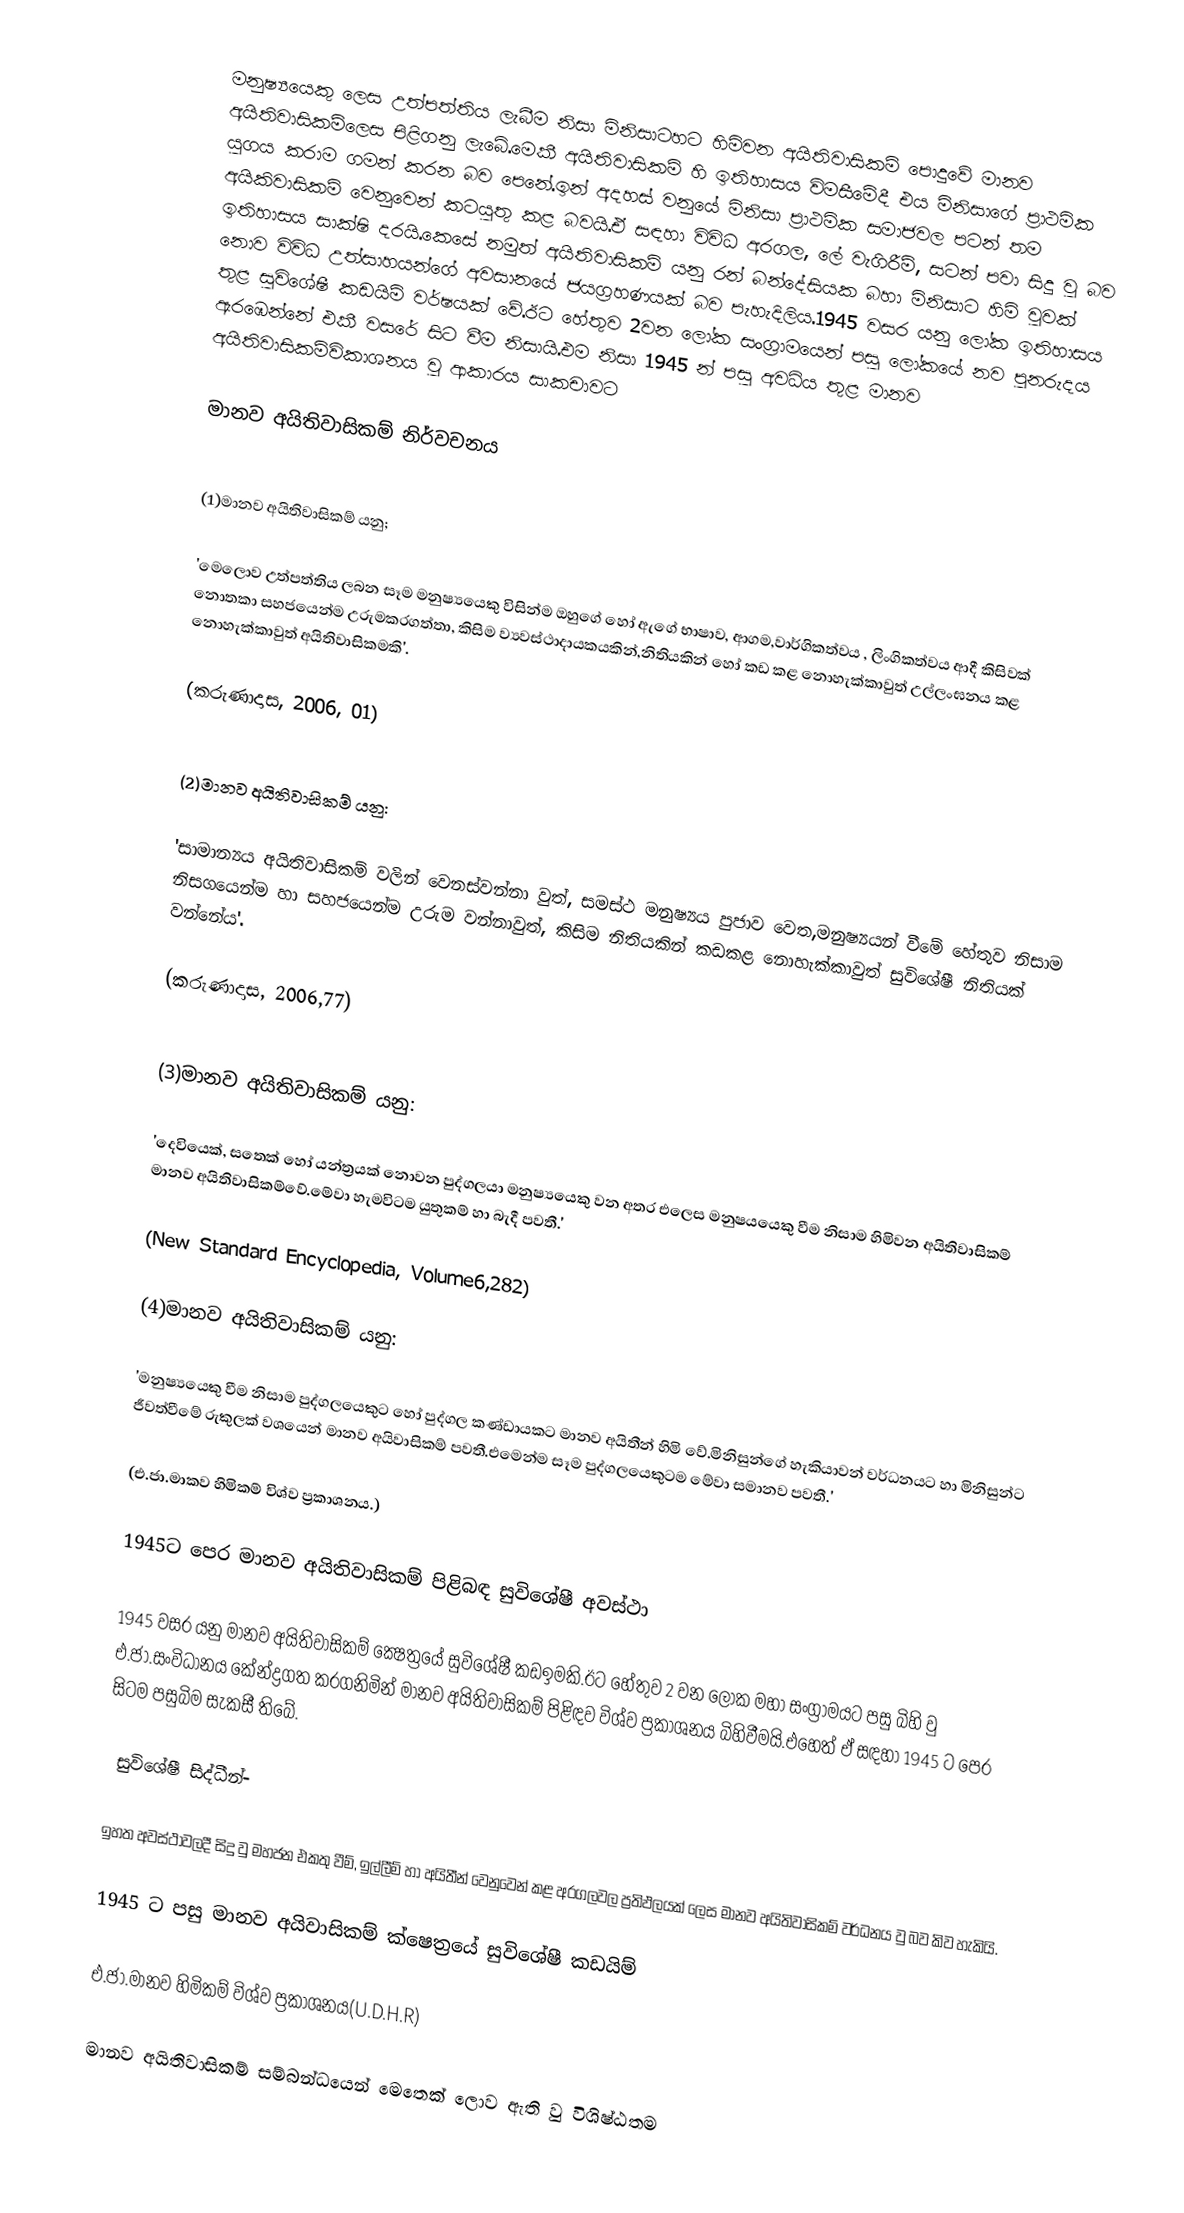
මනුෂ්‍යයෙකු ලෙස උත්පත්තිය ලැබීම නිසා මිනිසාටහට හිමිවන අයිතිවාසිකම් පොදුවේ මානව අයිතිවාසිකම්ලෙස පිළිගනු ලැබේ.මෙකී අයිතිවාසිකම් හි ඉතිහාසය විමසීමේදී එය මිනිසාගේ ප්‍රාථමික යුගය කරාම ගමන් කරන බව පෙනේ.ඉන් අදහස් වනුයේ මිනිසා ප්‍රාථමික සමාජවල පටන් තම අයිකිවාසිකම් වෙනුවෙන් කටයුතු කළ බවයි.ඒ සඳහා විවිධ අරගල, ලේ වැගිරීම්, සටන් පවා සිදු වු බව ඉතිහාසය සාක්ෂි දරයි.කෙසේ නමුත් අයිතිවාසිකම් යනු රන් බන්දේසියක බහා මිනිසාට හිමි වුවක් නොව විවිධ උත්සාහයන්ගේ අවසානයේ ජයග්‍රහණයක් බව පැහැදිලිය.1945 වසර යනු ලෝක ඉතිහාසය තුළ සුවිශේෂී කඩයිම් වර්ෂයක් වේ.ඊට හේතුව 2වන ලෝක සංග්‍රාමයෙන් පසු ලෝකයේ නව පුනරුදය ඇරඹෙන්නේ එකී වසරේ සිට වීම නිසායි.එම නිසා 1945 න් පසු අවධිය තුළ මානව අයිතිවාසිකම්විකාශනය වු ආකාරය සාකචාවට

මානව අයිතිවාසිකම් නිර්වචනය

(1)මානව අයිතිවාසිකම් යනු;

		'මෙලොව උත්පත්තිය ලබන සෑම මනුෂ්‍යයෙකු විසින්ම ඔහුගේ හෝ ඇගේ භාෂාව, ආගම,වාර්ගිකත්වය , ලිංගිකත්වය ආදී කිසිවක් නොතකා සහජයෙන්ම උරුමකරගත්තා, කිසිම ව්‍යවස්ථාදායකයකින්,නිතියකින් හෝ කඩ කළ නොහැක්කාවුත් උල්ලංඝනය කළ නොහැක්කාවුත් අයිතිවාසිකමකි'.

						(කරුණාදාස, 2006, 01)

(2)මානව අයිතිවාසිකම් යනු:

		'සාමාන්‍යය අයිතිවාසිකම් වලින් වෙනස්වන්නා වුත්, සමස්ථ මනුෂ්‍යය පුජාව වෙත,මනුෂ්‍යයන් වීමේ හේතුව නිසාම නිසගයෙන්ම හා සහජයෙන්ම උරුම වන්නාවුත්, කිසිම නිතියකින් කඩකළ නොහැක්කාවුත් සුවිශේෂී නිතියක් වන්නේය'.

						(කරුණාදාස, 2006,77)

(3)මානව අයිතිවාසිකම් යනු:

		'දෙවියෙක්, සතෙක් හෝ යන්ත්‍රයක් නොවන පුද්ගලයා මනුෂ්‍යයෙකු වන අතර එලෙස මනුෂයයෙකු වීම නිසාම හිමිවන අයිතිවාසිකම් මානව අයිතිවාසිකම්වේ.මේවා හැමවිටම යුතුකම් හා බැදී පවතී.'

					(New Standard Encyclopedia, Volume6,282)

(4)මානව අයිතිවාසිකම් යනු:

		'මනුෂ්‍යයෙකු වීම නිසාම පුද්ගලයෙකුට හෝ පුද්ගල කණ්ඩායකට මානව අයිතීන් හිමි වේ.මිනිසුන්ගේ හැකියාවන් වර්ධනයට හා මිනිසුන්ට ජීවත්වීමේ රුකුලක් වශයෙන් මානව අයිවාසිකම්  පවතී.එමෙන්ම සෑම පුද්ගලයෙකුටම මේවා සමානව පවතී.'

					(එ.ජා.මාකව හිමිකම් විශ්ව ප්‍රකාශනය.)

1945ට පෙර මානව අයිතිවාසිකම් පිළිබඳ සුවිශේෂී අවස්ථා

		1945 වසර යනු මානව අයිතිවාසිකම් ක්‍ෂෙත්‍රයේ සුවිශේෂී කඩඉමකි.ඊට හේතුව 2 වන ලෝක මහා සංග්‍රාමයට පසු බිහි වු එ.ජා.සංවිධානය කේන්ද්‍රගත කරගනිමින් මානව අයිතිවාසිකම් පිළිඳව විශ්ව ප්‍රකාශනය බිහිවීමයි.එහෙත් ඒ සඳහා 1945 ට පෙර සිටම පසුබිම සැකසී තිබේ.

‍ සුවිශේෂී සිද්ධීන්-

		ඉහත අවස්ථාවලදී සිදු වු මහජන එකතු වීම්, ඉල්ලීම් හා අයිතීන් වෙනුවෙන් කළ අරගලවල ප්‍රතිඵලයක් ලෙස මානව අයිතිවාසිකම්  වර්ධනය වු බව කිව හැකියි.

1945 ට පසු මානව අයිවාසිකම් ක්ෂෙත්‍රයේ සුවිශේෂී කඩයිම්

එ.ජා.මානව හිමිකම් විශ්ව ප්‍රකාශනය(U.D.H.R)

		මානව අයිතිවාසිකම් සම්බන්ධයෙන් මෙතෙක් ලොව ඇති වු විශිෂ්ඨතම